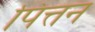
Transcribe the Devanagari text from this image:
पित्तन